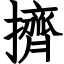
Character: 擠